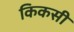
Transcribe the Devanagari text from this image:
किकसी